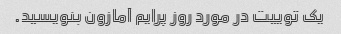
یک توییت در مورد روز پرایم آمازون بنویسید.